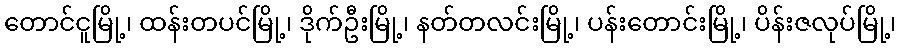
တောင်ငူမြို့၊ ထန်းတပင်မြို့၊ ဒိုက်ဦးမြို့၊ နတ်တလင်းမြို့၊ ပန်းတောင်းမြို့၊ ပိန်းဇလုပ်မြို့၊